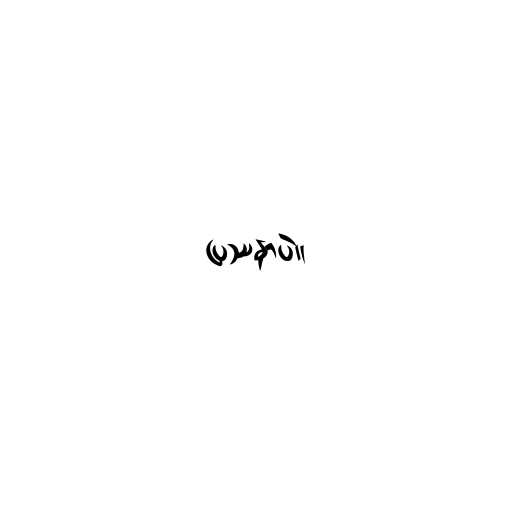
ပြဿနာပဲ။